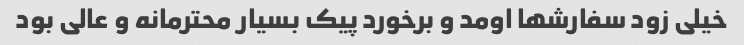
خیلی زود سفارشها اومد و برخورد پیک بسیار محترمانه و عالی بود